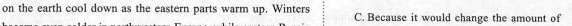
on the earth cool down as the eastern parts warm up. Winters c. Because it would change the amount of